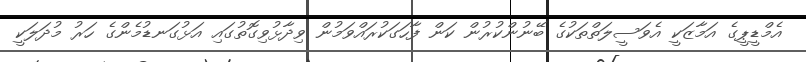
އެމްޑީޕީގެ އަމާޒަކީ އެވަސީލަތްތަކުގެ ބޭނުންކުރުން ކަން ފާހަގަކުރައްވަމުން ވިދާޅުވިގޮތުގައި އަޅުގަނޑުމެންގެ ހަރު މުދަލަކީ